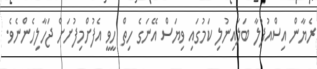
ރެޔާން އިސްއުފުލާ ބަލައިނުލި ކަމުގައި ވިޔަސް އޭނަގެ ހިތް ހީވީ އެފުށްމިފުށަށް ޖަހާލިހެންނެވެ.